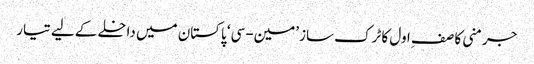
جرمنی کا صفِ اول کا ٹرک ساز ’مین-سی‘ پاکستان میں داخلے کے لیے تیار